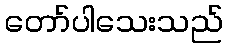
တော်ပါသေးသည်